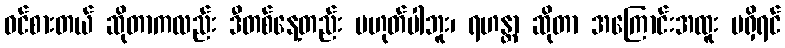
ဝင်စားတယ် ဆိုတာကလည်း ဒီတစ်နေ့တည်း မဟုတ်ပါဘူး၊ ရဟန္တာ ဆိုတာ အကြောင်းအထူး မရှိရင်